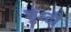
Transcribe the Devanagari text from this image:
शुध्दी